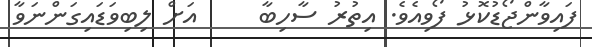
ފައިވާންޖޯޑުކޮޅު ފޯވިއެވެ. އިތުރު ސާހިބާ     އަށް ލިބިވަޑައިގަންނަވާ